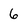
Character: 6